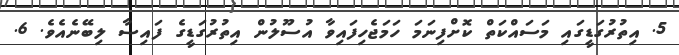
5. އިތުރުގަޑީގައި މަސައްކަތް ކޮށްފިނަމަ ހަމަޖެހިފައިވާ އުސޫލުން އިތުރުގަޑީގެ ފައިސާ ލިބޭނެއެވެ. 6.